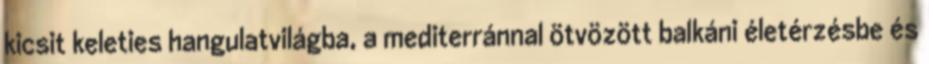
kicsit keleties hangulatvilágba, a mediterránnal ötvözött balkáni életérzésbe és